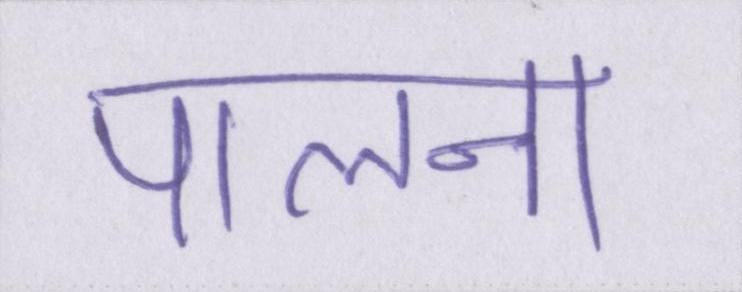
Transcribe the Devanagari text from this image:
पालना